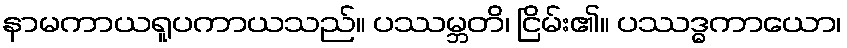
နာမကာယရူပကာယသည်။ ပဿမ္ဘတိ၊ ငြိမ်း၏။ ပဿဒ္ဓကာယော၊